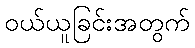
ဝယ်ယူခြင်းအတွက်